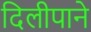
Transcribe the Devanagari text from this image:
दिलीपाने